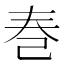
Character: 𪩫